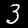
Digit: 3